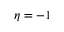
\eta = - 1